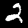
Label: 2